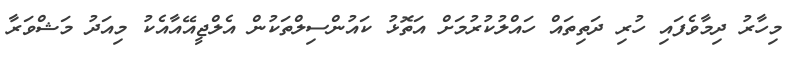
މިހާރު ދިމާވެފައި ހުރި ދަތިތައް ހައްލުކުރުމަށް އަތޮޅު ކައުންސިލްތަކުން އެލްޖީއޭއާއެކު މިއަދު މަޝްވަރާ